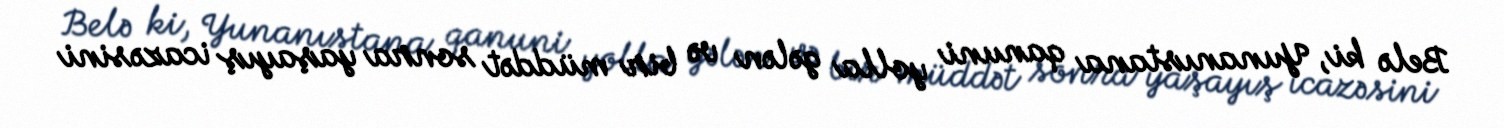
Belə ki, Yunanıstana qanuni yolla gələn və bir müddət sonra yaşayış icazəsini